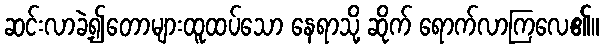
ဆင်းလာခဲ့၍တောများထူထပ်သော နေရာသို့ ဆိုက် ရောက်လာကြလေ၏။